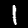
Digit: 1